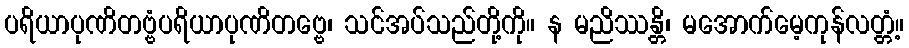
ပရိယာပုဏိတဗ္ဗံပရိယာပုဏိတဗ္ဗေ၊ သင်အပ်သည်တို့ကို။ န မညိဿန္တိ၊ မအောက်မေ့ကုန်လတ္တံ့။